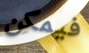
فيمكن